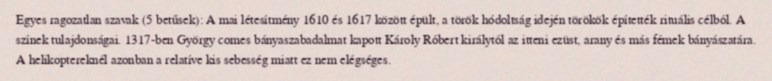
Egyes ragozatlan szavak (5 betűsek): A mai létesítmény 1610 és 1617 között épült, a török hódoltság idején törökök építették rituális célból. A színek tulajdonságai. 1317-ben György comes bányaszabadalmat kapott Károly Róbert királytól az itteni ezüst, arany és más fémek bányászatára. A helikoptereknél azonban a relatíve kis sebesség miatt ez nem elégséges.